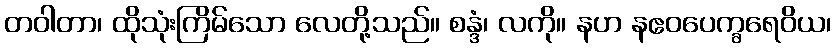
တဝါတာ၊ ထိုသုံးကြိမ်သော လေတို့သည်။ စန္ဒံ၊ လကို။ နဟ နဧဝပေက္ခရေဝိယ၊